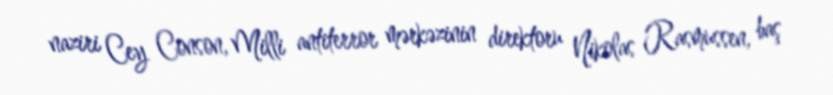
naziri Cey Conson, Milli antiterror mərkəzinin direktoru Nikolas Rasmussen, baş